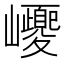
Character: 巎